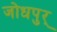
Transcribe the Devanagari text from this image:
जोधपुर्